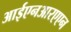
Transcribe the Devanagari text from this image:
आईएनआरएएन